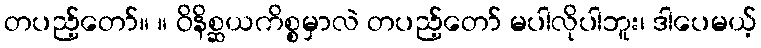
တပည့်တော်။ ။ ဝိနိစ္ဆယကိစ္စမှာလဲ တပည့်တော် မပါလိုပါဘူး၊ ဒါပေမယ့်